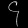
Digit: ၄